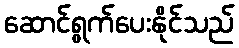
ဆောင်ရွက်ပေးနိုင်သည်